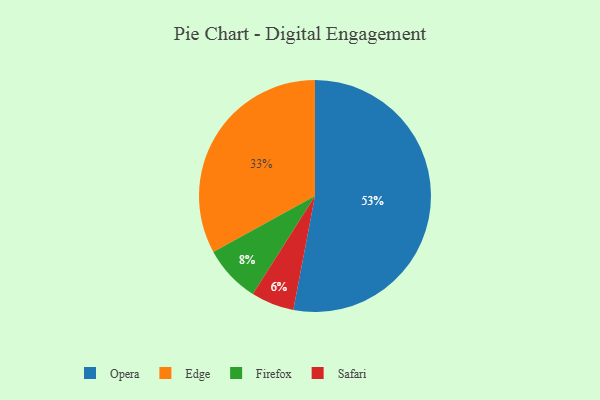
{"axis": {"x": "Category", "y": "Percentage"}, "legend": ["Edge", "Firefox", "Opera", "Safari"], "data": [{"x": "Opera", "y": 53, "type": "Opera"}, {"x": "Firefox", "y": 8, "type": "Firefox"}, {"x": "Edge", "y": 33, "type": "Edge"}, {"x": "Safari", "y": 6, "type": "Safari"}]}